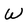
Character: W